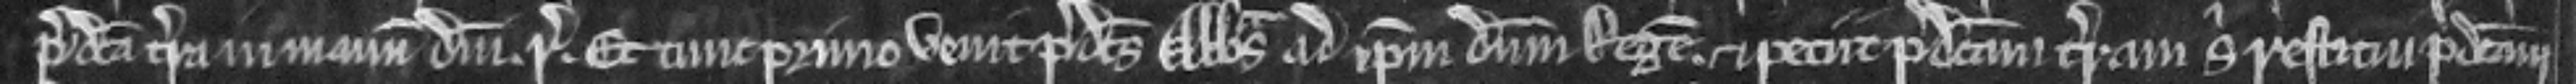
predicta terra in manum domini. regis. Et tunc primo venit predictus Abbas ad ipsum dominum Regem. et peciit predictam terram sibi restitui predictam